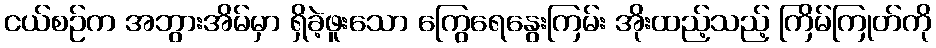
ငယ်စဉ်က အဘွားအိမ်မှာ ရှိခဲ့ဖူးသော ကြွေရေနွေးကြမ်း အိုးထည့်သည့် ကြိမ်ကြုတ်ကို